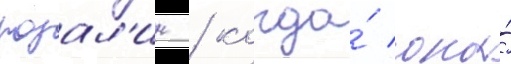
розал'ин / когда́ она́